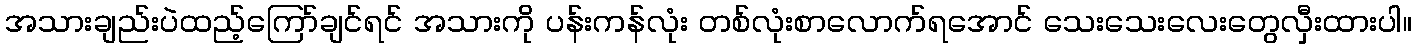
အသားချည်းပဲထည့်ကြော်ချင်ရင် အသားကို ပန်းကန်လုံး တစ်လုံးစာလောက်ရအောင် သေးသေးလေးတွေလှီးထားပါ။